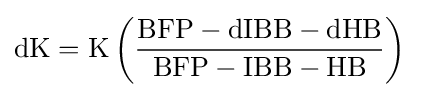
{\rm {{dK=K\left({\frac {BFP-dIBB-dHB}{BFP-IBB-HB}}\right)}\,}}